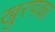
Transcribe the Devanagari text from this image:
खुरपका